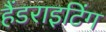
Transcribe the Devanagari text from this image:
हैंडराइटिंग